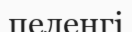
пеленгі